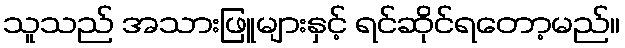
သူသည် အသားဖြူများနှင့် ရင်ဆိုင်ရတော့မည်။